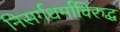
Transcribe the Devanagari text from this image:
निसर्गधर्माविरुद्ध